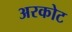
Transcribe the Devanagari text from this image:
अरकोट